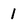
Character: 1